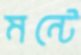
মন্টে